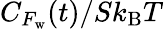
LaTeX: C_{F_{\mathrm{w}}}(t)/Sk_{\mathrm{B}}T